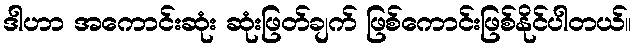
ဒါဟာ အကောင်းဆုံး ဆုံးဖြတ်ချက် ဖြစ်ကောင်းဖြစ်နိုင်ပါတယ်။